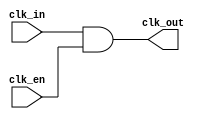
module clock_gating_cell (
    input wire clk_in,     // Original clock input
    input wire clk_en,     // Static clock enable signal
    output wire clk_out    // Gated clock output
);
    assign clk_out = clk_in & clk_en; // AND gate for clock gating
endmodule